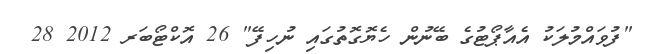
"ފުވައްމުލަކު އެއާޕޯޓުގެ ބޭނުން ހެޔޮގޮތުގައި ނުހިފޭ" 26 އޮކްޓޯބަރ 2012 28